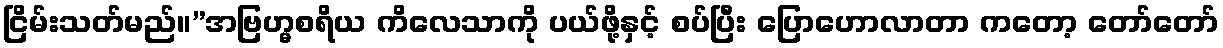
ငြိမ်းသတ်မည်။”အဗြဟ္မစရိယ ကိလေသာကို ပယ်ဖို့နှင့် စပ်ပြီး ပြောဟောလာတာ ကတော့ တော်တော်